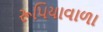
રૂપિયાવાળા